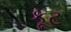
કૂટ